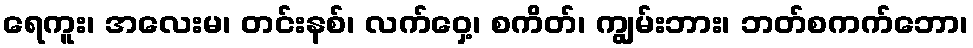
ရေကူး၊ အလေးမ၊ တင်းနစ်၊ လက်ဝှေ့၊ စကိတ်၊ ကျွမ်းဘား၊ ဘတ်စကက်ဘော၊